Vaccination in Bombay 1869-1873 - 1869-1873
Year: 1869
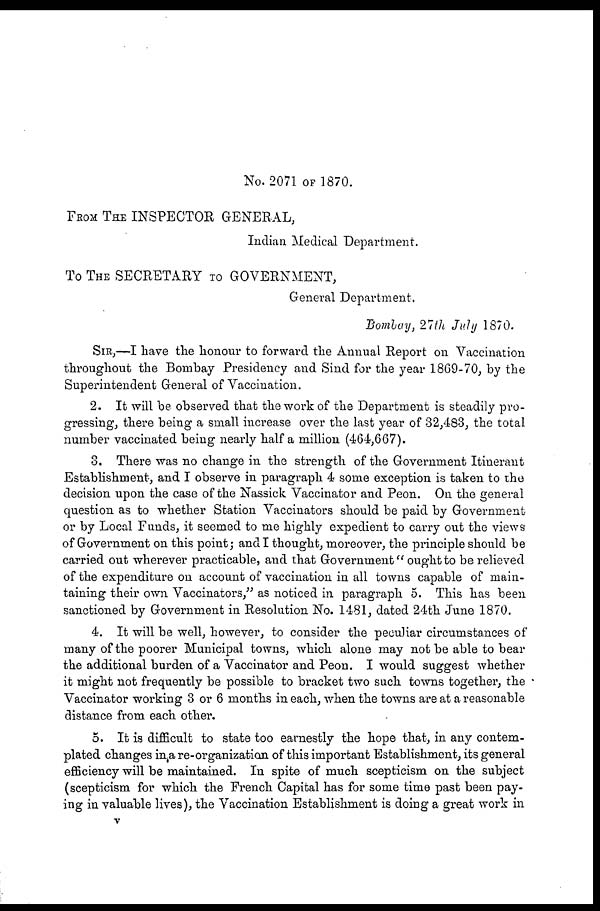
No. 2071 OF 1870.
FROM THE INSPECTOR GENERAL,
Indian Medical Department.
To THE SECRETARY TO GOVERNMENT,
General Department.
Bombay, 27 th July 1870.
SIR,—I have the honour to forward the Annual Report on Vaccination
throughout the Bombay Presidency and Sind for the year 1869-70, by the
Superintendent General of Vaccination.
2. It will be observed that the work of the Department is steadily pro-
gressing, there being a small increase over the last year of 32,483, the total
number vaccinated being nearly half a million (464,667).
3. There was no change in the strength of the Government Itinerant
Establishment, and I observe in paragraph 4 some exception is taken to the
decision upon the case of the Nassick Vaccinator and Peon. On the general
question as to whether Station Vaccinators should be paid by Government
or by Local Funds, it seemed to me highly expedient to carry out the views
of Government on this point; and I thought, moreover, the principle should be
carried out wherever practicable, and that Government" ought to be relieved
of the expenditure on account of vaccination in all towns capable of main-
taining their own Vaccinators," as noticed in paragraph 5. This has been
sanctioned by Government in Resolution No. 1481, dated 24th June 1870.
4. It will be well, however, to consider the peculiar circumstances of
many of the poorer Municipal towns, which alone may not be able to bear
the additional burden of a Vaccinator and Peon. I would suggest whether
it might not frequently be possible to bracket two such towns together, the
Vaccinator working 3 or 6 months in each, when the towns are at a reasonable
distance from each other.
5. It is difficult to state too earnestly the hope that, in any contem-
plated changes in a re-organization of this important Establishment, its general
efficiency will be maintained. In spite of much scepticism on the subject
(scepticism for which the French Capital has for some time past been pay-
ing in valuable lives), the Vaccination Establishment is doing a great work in
v